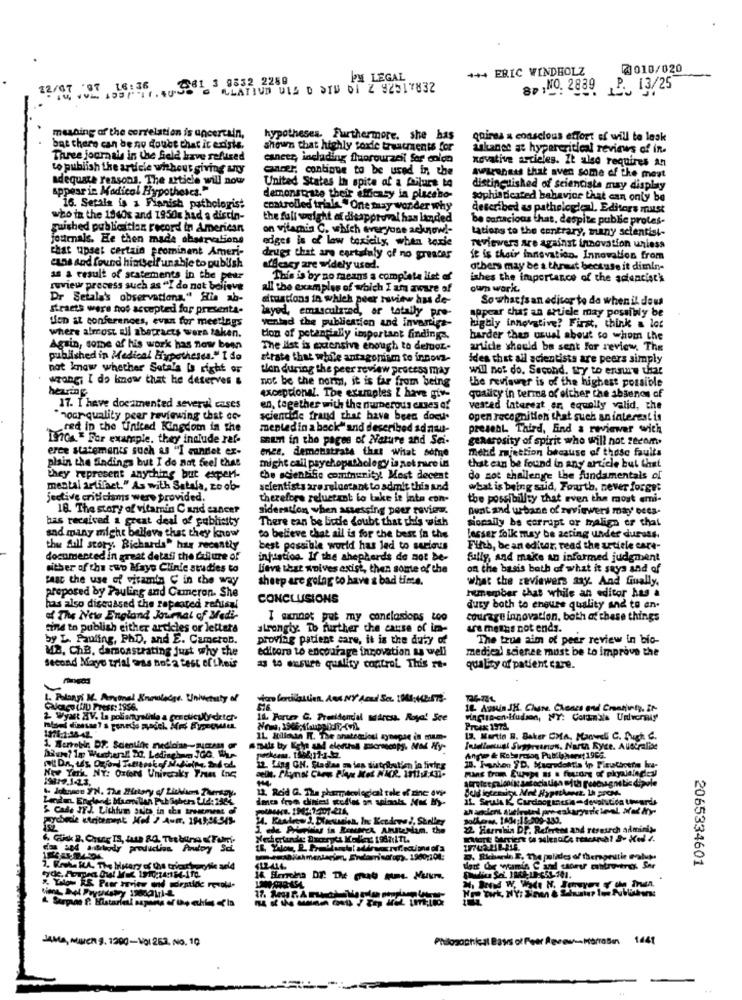
+++ ERIC WINDHOLZ
@010/020
2381 3 8832 2289
PPM LEGAL
LLATIVD DIS D SIM 01 Z 92517832
8;NO. 2839 P. 13/25
meaning of the correlation is uncertain,
hypotheses. Furthermore. she has
quines a conscious effort of will to lask
bat chero can be no doubt that it exists.
shown that highly foxie treatments for
unkanet at hypercritical reviews of in.
Three journals in the field have sefttred
cancer, including fluorourzeil Ser enica
novative articles. It also requires an
to publish the article without giving un
ander, continue to be used in the
Awareness that aven some of the most
adequate reasons. The article will now
United States In spite of a failure to
appear in Modicol Hypotheses."
distinguished of scientists may display
demonstrate their efficacy in placeho-
sophisticated bahavice that can only be
16. Serala is a Finnish pathologist
controlled trials."One may wonder why
described as pathologie ), Editors mitst
who in the 1940s and 1950x had a distin-
the full weight of disapproval has landed
be partacious that, despite public protes-
quished publicician record in American
on vitamin C. which everyone acknow !-
tations to the contrary, many scientist-
journals. He then made abaervations
edges is of low toxicity, when tadie
that upset certain prominent Ameri-
reviewers are against innovation unless
drugs that are cartalaly of no greater
le is their innovation. Innovation from
ens and found hintself unable to publish
afdesey are widely used.
athers may be a thrust because it dimin-
as a result of statements in the pear
This is by no means a complete list of
ishes the importance of the aciencistk
review process such as "I do not believe
all the examples of which I am aware of
our worit
Dr Setala's observations." His ab-
situations in which peer review has de-
So what's an editor to do when il deus
straets were not accepted for presenta-
layed, emascularnd, ar totally pre-
tion st conferences, evan for meetings
verlad the publication and invartiga-
sppcar chas an article may possibly be
where almost all abepracts were taken.
highly innovative? First, think a lot
ton of petane lly important findings.
harder than usual about to whom the
Again, some of his work has now been
The list is extensive enough to deltior-
article should be sent for review. The
published in Medical Hypothesen." I do
strate that while antagonism to innova-
ides that all scientists are peers simply
not know whether Setals Is right or
tien during the peer review process may
will not do. Second. try to ensure that
wrong; I do know that he deserves &
noc be the norm, it is far from being
the reviauer is of the highest possible
exceptional. The examples Z have giv-
qualicy in terms of ofcher the absenos of
17. I have documented several cases
en, together with the numerous cuses of
vested interest or, equally valid, the
hour quality peer reviewing that co-
scientide fraud that have been docu.
open recognition that such an interest is
red in the United Kingdom in the
mentedin a back" and described adnan-
present. Third, End a reviewer with
Lanos. For example. they include ref-
SREMI in the pages of Nature and Sei-
generosity of spirit who will not zecom
erce statements such & "I Fundet ex-
mend miettion because of those faults
plain the Sindings but I do not feel that
enge, demebitrate that what seine
might call psychopathology is not sure in
that can be found in any article but that
they represent anything but expert-
the scientific cominunity! Most decent
do not challenge the fundamentals of
mental arlifact." As with Satala, zo ob-
scientists are reluctant to admit this and
what is being said, Fourth, never forget
jective criticisms were provided.
therefore reluctant to take it into con-
the possibility that even the most emi-
18. The story of vitamin C and cancer
sideration when assessing peer review
Bunt and u-bane of zwviewers may' Dees-
has received a great deal of pubhetty
There can be bide doubt that this wish
sopally be corrupt or malign er that
and many might belleva that they know
to believe that all is for the best in the
lesser folk may be acting under duruss.
the full story. Richards" has recently
best possible world has led to serious
Fifth, be an editar. read the article care-
documented in great detali the failure of
injistion. If the shepherds do not be-
fully, and make an informed judgment
either of the two Mayo Clinic studies to
lieve that woives exist, then some of the
on the basis both of what it says and of
faac the use of vitamin C in the way
sheep are golag co have & bad time.
what the reviewers say And finally,
hunember that while an editor has a
proposed by Pauling and Cameron. She
CONCLUSIONS
has also discussed the repeated refisul
duty both to ensure quality and to an-
of The New England Journal of Medi-
I wannot put my conclusions too
courage innovation, both of these things
find to publish either articles or letters
strongly. To further the cause of im-
ure maths not ends.
by L. Pauling, PhD, and E. Cameron.
proving patient care, it is the duty of
The true aim of peer review in bic-
MB, ChB, demonstrating just who the
editora to encourage innovation as well
medical science must be to improve the
second Mayo trial was not a test of theus
a to ensure quality control. This re-
quality of patient care.
1. Polanyi M. Arvonal Knowledge. University of
Calcago (HIU Press: 1956.
16 Ausin JH. Chane. Chones and Cranuty, Ir-
11. Forums G. Presidencial address. Royal See
IL Silen R. The anatoazioni aynepae in mam-
13. Martin B. Baker OMA, Manveel C. fugh C.
Diun? in Wuchenl Do. Ledinel
Ange & Rebarcos Pub:bhorst 1966.
NEY YETiL NY: Oxford Univeraky Then Ing
12. Ling GN. Stadas mies distributien in fivins
10. Fanhon SD. Macredohtia ip Pleuthours Iva-
atrete epalenikt association ofth esesagnetic dipole
12. Reid G. The pharmacelegical tale of zine avie
Leute Enchant Buonllen Pit fishers Ltd: 1465
5 Cale IF). Lithium suits in the treatment of
parabole writement Hol 2 AUF, 1949,96513
14. Kenderw J. Dlieuseien, In: Kendewe !. Shelley
22 Harrabia Dr. Referent and reseurch adminis,
D. Skbenla E. The polides of therapeutie Falusi
2065334601
JAMA, MUCH 9. 1200-Vol 263, NO. 10
1441